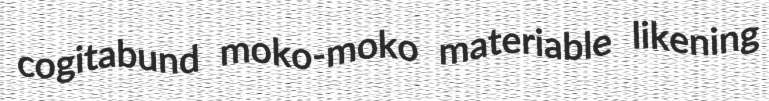
cogitabund moko-moko materiable likening